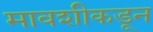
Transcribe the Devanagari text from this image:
मावशीकडून